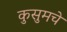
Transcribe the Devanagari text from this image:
कुसुमचे